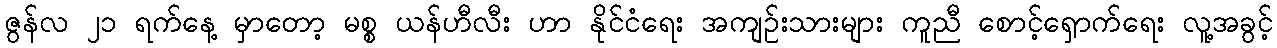
ဇွန်လ ၂၁ ရက်နေ့ မှာတော့ မစ္စ ယန်ဟီလီး ဟာ နိုင်ငံရေး အကျဉ်းသားများ ကူညီ စောင့်ရှောက်ရေး လူ့အခွင့်